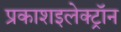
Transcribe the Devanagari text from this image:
प्रकाशइलेक्ट्रॉन